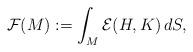
LaTeX: \begin{align*} \mathcal{F}(M) := \int_M \mathcal{E}(H,K) \, dS,\end{align*}